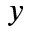
y